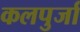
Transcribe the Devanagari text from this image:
कलपुर्जा